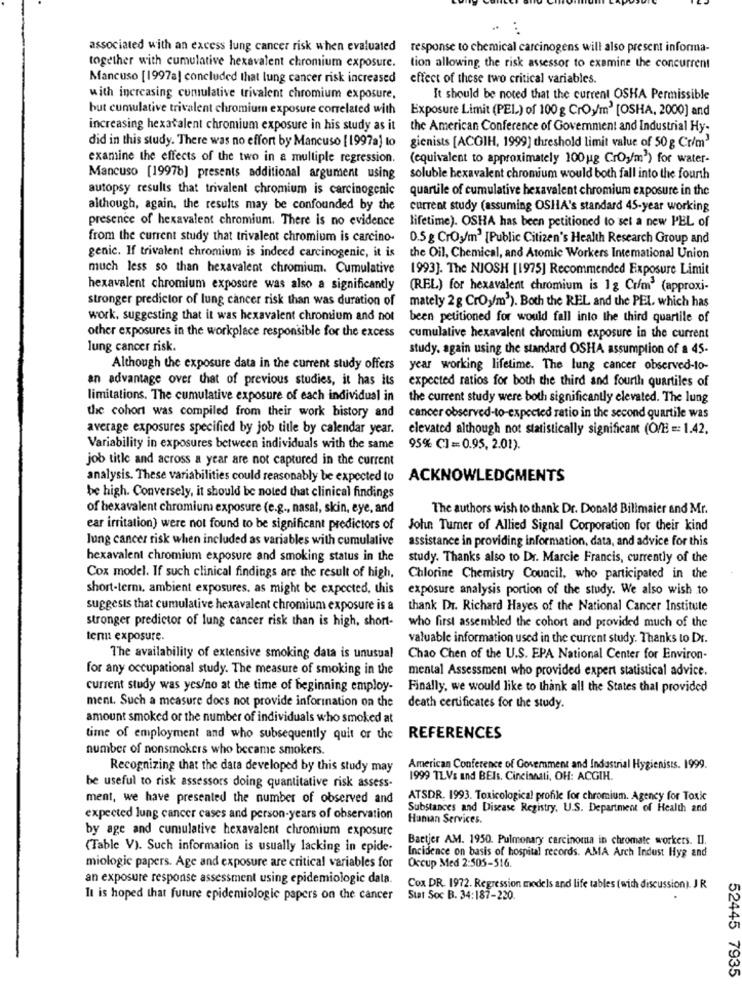
associated with an excess lung cancer risk when evaluated
response to chemical carcinogens will also present informa-
together with cumulative hexavalent chromium exposure.
tion allowing the risk assessor to examine the concurrent
Mancuso [1997a] concluded that lung cancer risk increased
effect of these two critical variables.
with increasing cumulative trivalent chromium exposure,
It should be noted that the current OSHA Permissible
but cumulative trivalent chromium exposure correlated with
Exposure Limit (PEL) of 100 g CrOy/m2 [OSHA, 2000] and
increasing hexatalent chromium exposure in his study as it
the American Conference of Government and Industrial Hy-
did in this study. There was no effort by Mancuso [1997a] to gienists [ACGIH, 1999] threshold limit value of 50 g Cr/m3
examine the effects of the two in a multiple regression.
(equivalent to approximately 100 g CrO,/m2) for water-
Mancuso [1997b) presents additional argument using soluble hexavalent chromium would both fall into the fourth
autopsy results that trivalent chromium is carcinogenic
quartile of cumulative hexavalent chromium exposure in the
although, again, the results may be confounded by the
current study (assuming OSHA's standard 45-year working
presence of hexavalent chromium. There is no evidence
lifetime). OSHA has been petitioned to set a new PEL of
from the current study that trivalent chromium is carcino-
0.5 g Cr03/m2 [Public Citizen's Health Research Group and
genic. If trivalent chromium is indeed carcinogenic, it is
the Oil, Chemical, and Atomic Workers Intemational Union
much less so than hexavalent chromium. Cumulative
1993]. The NJOSH [1975] Recommended Exposure Limit
hexavalent chromium exposure was also a significantly
(REL) for hexavalent chromium is 1g Cr/m3 (approxi-
stronger predictor of lung cancer risk than was duration of
mately 2 g Croy/m'). Both the REL and the PEL, which has
work, suggesting that it was hexavalent chromium and not
been petitioned for would fall into the third quartile of
other exposures in the workplace responsible for the excess
cumulative hexavalent chromium exposure in the current
lung cancer risk.
study. again using the standard OSHA assumption of a 45-
Although the exposure data in the current study offers
year working lifetime. The lung cancer observed-to-
an advantage over that of previous studies, it has its
expected ratios for both the third and fourth quartiles of
limitations. The cumulative exposure of each individual in
the current study were both significantly elevated. The lung
the cohort was compiled from their work history and
cancer observed-to-expected ratio in the second quartile was
average exposures specified by job title by calendar year.
elevated although not statistically significant (O/E =: 1.42.
Variability in exposures between individuals with the same
95% C]= 0.95, 2.01).
job title and across a year are not captured in the current
analysis. These variabilities could reasonably be expected to
ACKNOWLEDGMENTS
be high. Conversely, it should be noted that clinical findings
of hexavalent chromium exposure (e.g ., nasal, skin, eye, and
The authors wish to thank Dr. Donald Bilimaier and Mr.
ear irritation) were not found to be significant predictors of
John Tumer of Allied Signal Corporation for their kind
lung cancer risk when included as variables with cumulative
assistance in providing information, data, and advice for this
hexavalent chromium exposure and smoking status in the
study. Thanks also to Dr. Marcie Francis, currently of the
Cox model. If such clinical findings are the result of high,
Chlorine Chemistry Council, who participated in the
short-term, ambient exposures, as might be expected, this
exposure analysis portion of the study. We also wish to
suggests that cumulative hexavalent chromium exposure is a
thank Dr. Richard Hayes of the National Cancer Institute
stronger predictor of lung cancer risk than is high, short-
who first assembled the cohort and provided much of the
tenn exposure.
valuable information used in the current study. Thanks to Dr.
The availability of extensive smoking data is unusual
Chao Chen of the U.S. EPA National Center for Environ-
for any occupational study. The measure of smoking in the
mental Assessment who provided expert statistical advice.
current study was yes/no at the time of beginning employ-
Finally, we would like to thank all the States that provided
ment. Such a measure does not provide inforination on the
death certificates for the study.
amount smoked or the number of individuals who smoked at
time of employment and who subsequently quit or the
REFERENCES
number of nonsmokers who became smokers.
Recognizing that the data developed by this study may
American Conference of Government and Industrial Hygienists. 1999.
1999 TLVs and BEIs. Cincinnati, OH: ACGIH.
be useful to risk assessors doing quantitative risk assess-
ment, we have presented the number of observed and
ATSDR. 1993. Toxicological profile for chromium. Agency for Toxic
Substances and Disease Registry, U.S. Department of Health and
expected lung cancer cases and person-years of observation
Human Services.
by age and cumulative hexavalent chromium exposure
Baetjer AM. 1950. Pulmonary carcinoma in chromate workers. Il.
(Table V). Such information is usually lacking in epide.
Incidence on basis of hospital records. AMA Arch Indust Hyg and
miologic papers. Age and exposure are critical variables for
Occup Med 2:505-516.
an exposure response assessment using epidemiologic data.
Cox DR. 1972. Regression models and life tables (with discussion). J R
It is hoped that future epidemiologic papers on the cancer
Stat Soc B. 34:187-220
52445 7935